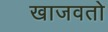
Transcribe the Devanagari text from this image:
खाजवतो